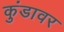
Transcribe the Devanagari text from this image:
कुंडावर